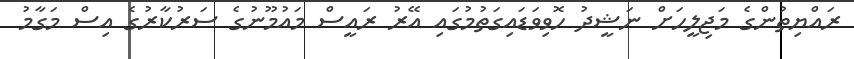
ރައްޔިތުންގެ މަޖިލީހަށް ނަޝީދު ހޮވިވަޑައިގަތުމުގައި އޭރު ރައީސް މައުމޫނުގެ ސަރުކާރުގެ އިސް މަގާމު